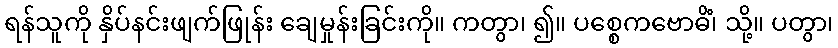
ရန်သူကို နှိပ်နင်းဖျက်ဖြုန်း ချေမှုန်းခြင်းကို။ ကတွာ၊ ၍။ ပစ္စေကဗောဓိံ၊ သို့။ ပတွာ၊